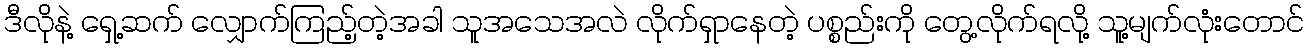
ဒီလိုနဲ့ ရှေ့ဆက် လျှောက်ကြည့်တဲ့အခါ သူအသေအလဲ လိုက်ရှာနေတဲ့ ပစ္စည်းကို တွေ့လိုက်ရလို့ သူ့မျက်လုံးတောင်